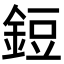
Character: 鋀